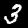
Digit: 3